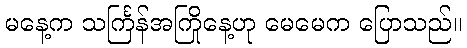
မနေ့က သင်္ကြန်အကြိုနေ့ဟု မေမေက ပြောသည်။